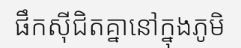
ផឹកស៊ីជិតគ្នានៅក្នុងភូមិ